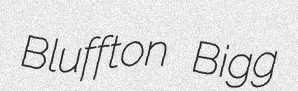
Bluffton Bigg